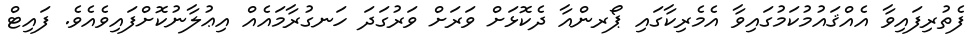
ފެތުރިފައިވާ އެއްޤައުމުކަމުގައިވާ އެމެރިކާގައި ޕޯރންއާ ދެކޮޅަށް ވަރަށް ވަރުގަދަ ހަނގުރާމައެއް އިޢުލާނުކޮށްފައިވެއެވެ. ފައިޓް